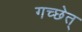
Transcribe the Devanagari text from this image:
गच्छेत्